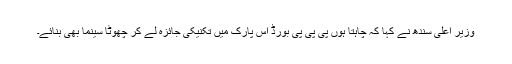
وزیرِ اعلیٰ سندھ نے کہا کہ چاہتا ہوں پی پی پی بورڈ اس پارک میں تکنیکی جائزہ لے کر چھوٹا سینما بھی بنائے۔